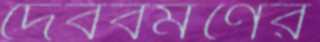
দেববর্মণের